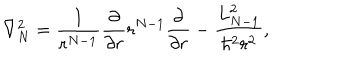
\nabla _ { N } ^ { 2 } = \frac { 1 } { r ^ { N - 1 } } \frac { \partial } { \partial r } r ^ { N - 1 } \frac { \partial } { \partial r } - \frac { L _ { N - 1 } ^ { 2 } } { \hbar ^ { 2 } r ^ { 2 } } ,